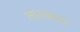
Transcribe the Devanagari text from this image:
तात्याबा